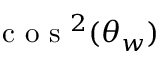
\mathrm { ~ c ~ o ~ s ~ } ^ { 2 } ( \theta _ { w } )